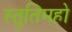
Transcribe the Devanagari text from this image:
स्तुतिमहो